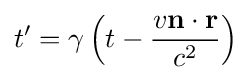
t'=\gamma \left(t-{\frac {v\mathbf {n} \cdot \mathbf {r} }{c^{2}}}\right)